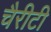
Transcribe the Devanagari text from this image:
चैरीटी